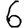
Digit: 6